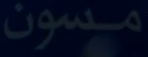
مسون